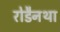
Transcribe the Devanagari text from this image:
रोडैनथा